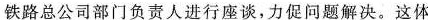
铁路总公司部门负责人进行座谈，力促问题解决。这体